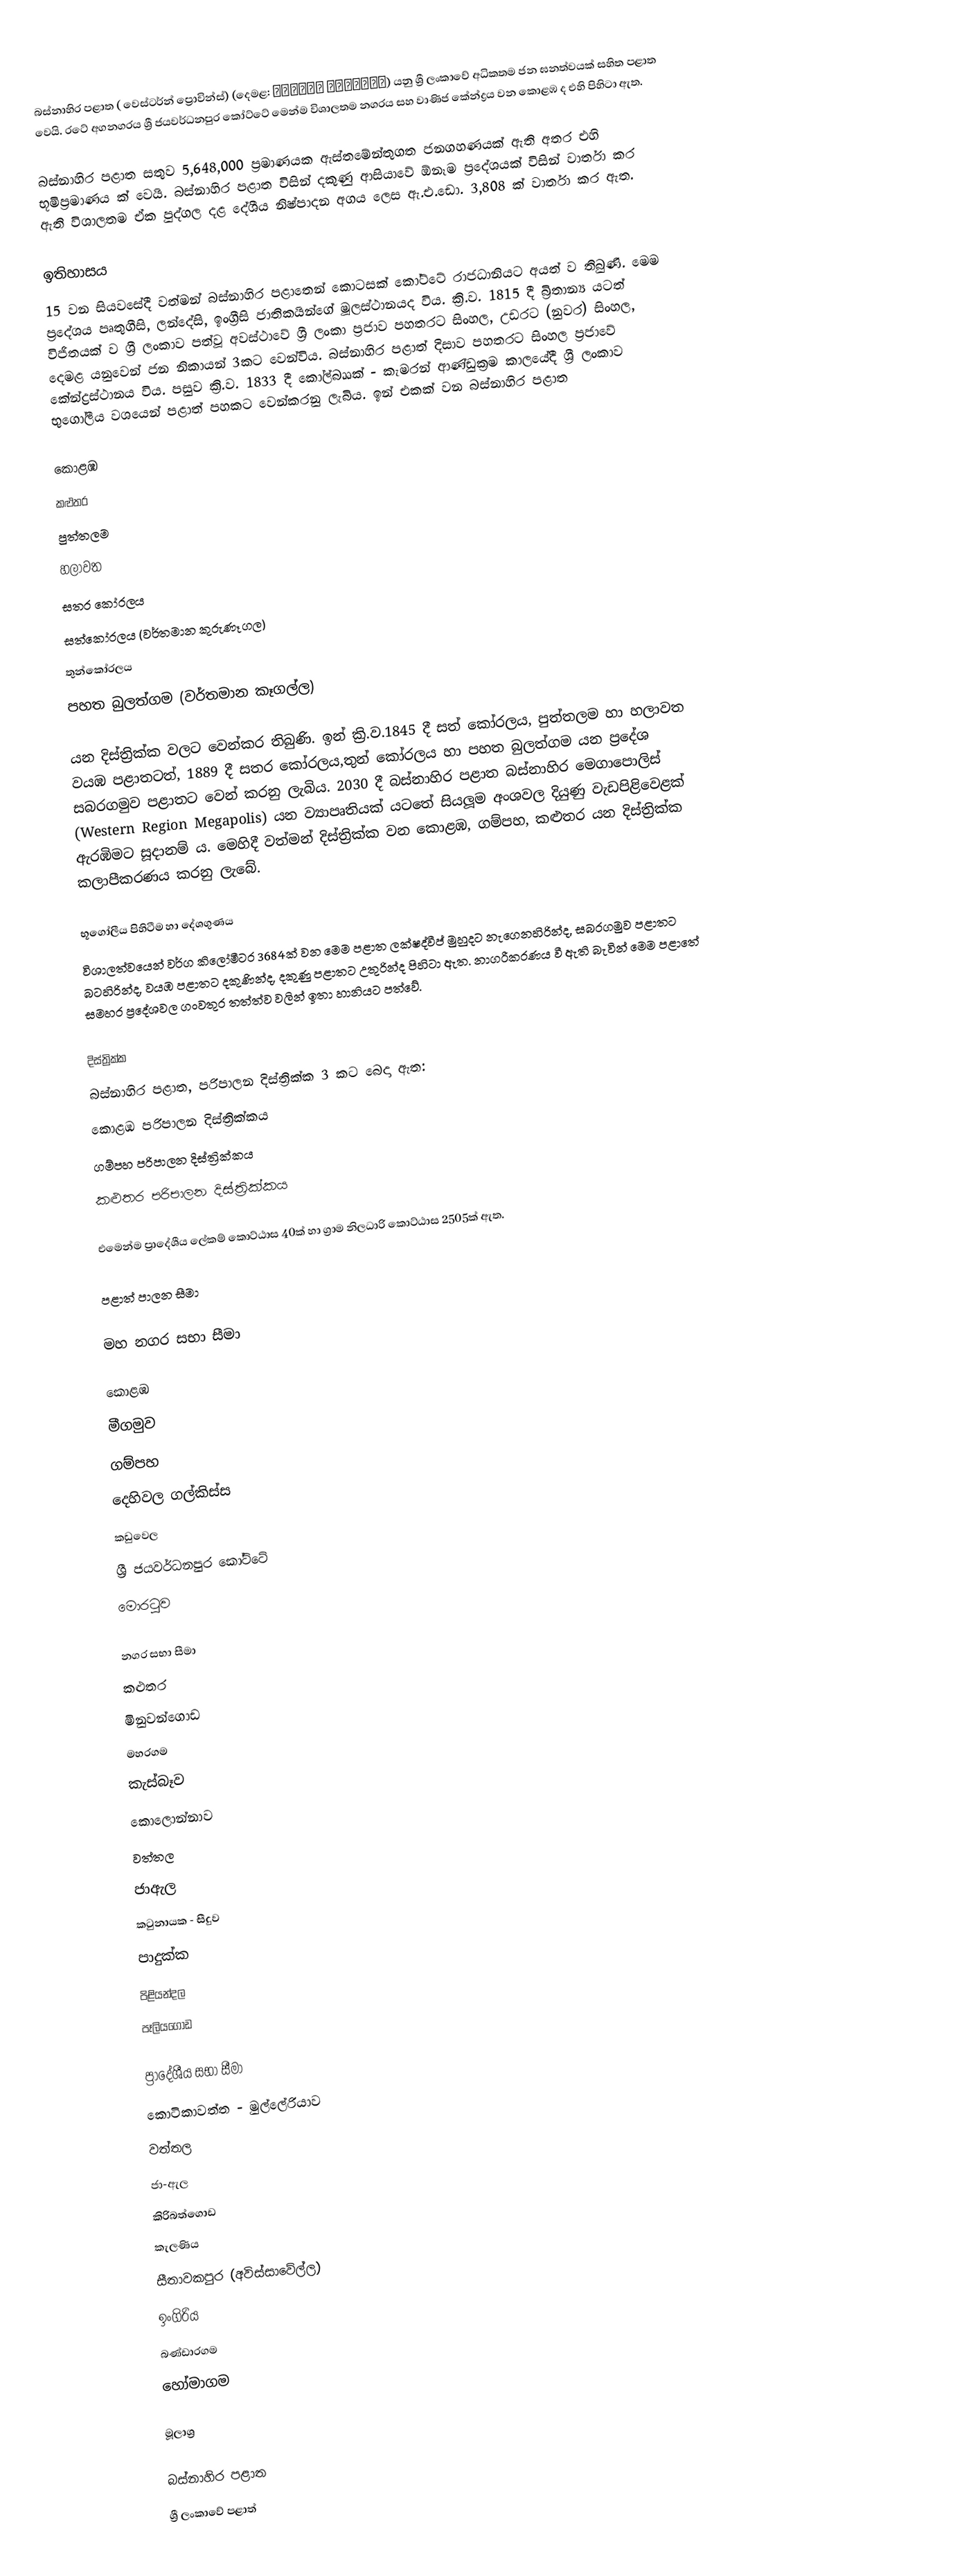
බස්නාහිර පළාත  ( වෙස්ටර්න් ප්‍රොවින්ස්) (දෙමළ: மேற்கு மாகாணம்) යනු ශ්‍රී ලංකාවේ අධිකතම ජන ඝනත්වයක් සහිත පළාත වෙයි. රටේ අගනගරය ශ්‍රී ජයවර්ධනපුර කෝට්ටේ මෙන්ම විශාලතම නගරය සහ වාණිජ කේන්ද්‍රය වන කොළඹ ද එහි පිහිටා ඇත.

බස්නාහිර පළාත සතුව 5,648,000 ප්‍රමාණයක ඇස්තමේන්තුගත ජනගහණයක් ඇති අතර එහි භූමිප්‍රමාණය  ක් වෙයි. බස්නාහිර පළාත විසින් දකුණු ආසියාවේ ඕනෑම ප්‍රදේශයක් විසින් වාර්තා කර ඇති විශාලතම ඒක පුද්ගල දළ දේශීය නිෂ්පාදන අගය ලෙස ඇ.එ.ඩො. 3,808 ක් වාර්තා කර ඇත.

ඉතිහාසය
15 වන සියවසේදී වත්මන් බස්නාහිර පළාතෙන් කොටසක් කෝට්ටේ රාජධානියට අයත් ව තිබුණි. මෙම ප්‍රදේශය පෘතුගීසි, ලන්දේසි, ඉංග්‍රීසි ජාතිකයින්ගේ මූලස්ථානයද විය. ක්‍රි.ව. 1815 දී බ්‍රිතාන්‍ය යටත් විජිතයක් ව ශ්‍රී ලංකාව පත්වූ අවස්ථාවේ ශ්‍රී ලංකා ප්‍රජාව පහතරට සිංහල, උඩරට (නුවර) සිංහල, දෙමළ යනුවෙන් ජන නිකායන් 3කට වෙන්විය. බස්නාහිර පළාත් දිසාව පහතරට සිංහල ප්‍රජාවේ කේන්ද්‍රස්ථානය විය. පසුව ක්‍රි.ව. 1833 දී කෝල්බෲක් - කැමරන් ආණ්ඩුක්‍රම කාලයේදී ශ්‍රී ලංකාව භුගෝලීය වශයෙන් පළාත් පහකට වෙන්කරනු ලැබිය. ඉන් එකක් වන බස්නාහිර පළාත

 කොළඹ
 කළුතර
 පුත්තලම
 හලාවත
 සතර කෝරලය
 සත්කෝරලය (වර්තමාන කුරුණෑගල)
 තුන්කෝරලය
 පහත බුලත්ගම (වර්තමාන කෑගල්ල)

යන දිස්ත්‍රික්ක වලට වෙන්කර තිබුණි. ඉන් ක්‍රි.ව.1845 දී සත් කෝරලය, පුත්තලම හා හලාවත වයඹ පළාතටත්, 1889 දී සතර කෝරලය,තුන් කෝරලය හා පහත බුලත්ගම යන ප්‍රදේශ සබරගමුව පළාතට වෙන් කරනු ලැබිය. 2030 දී බස්නාහිර පළාත බස්නාහිර මෙගාපොලිස් (Western Region Megapolis) යන ව්‍යාපෘතියක් යටතේ සියලූම අංශවල දියුණු වැඩපිළිවෙළක් ඇරඹිමට සූදානම් ය. මෙහිදී වත්මන් දිස්ත්‍රික්ක වන කොළඹ, ගම්පහ, කළුතර යන දිස්ත්‍රික්ක කලාපීකරණය කරනු ලැබේ.

භූගෝලීය පිහිටීම හා දේශගුණය
විශාලත්වයෙන් වර්ග කිලෝමීටර 3684ක් වන මෙම පළාත ලක්ෂද්වීප් මුහුදට නැගෙනහිරින්ද, සබරගමුව පළාතට බටහිරින්ද, වයඹ පළාතට දකුණින්ද, දකුණු පළාතට උතුරින්ද පිහිටා ඇත. නාගරීකරණය වී ඇති බැවින් මෙම පළාතේ සමහර ප්‍රදේශවල ගංවතුර තත්ත්ව වලින් ඉතා හානියට පත්වේ.

දිස්ත්‍රික්ක
බස්නාහිර පළාත, පරිපාලන දිස්ත්‍රික්ක  3 කට බෙදා ඇත:
 කොළඹ පරිපාලන දිස්ත්‍රික්කය
 ගම්පහ පරිපාලන දිස්ත්‍රික්කය
 කළුතර පරිපාලන දිස්ත්‍රික්කය

එමෙන්ම ප්‍රාදේශීය ලේකම් කොට්ඨාස 40ක් හා ග්‍රාම නිලධාරි කොට්ඨාස 2505ක් ඇත.

පළාත් පාලන සීමා

මහ නගර සභා සීමා

 කොළඹ
 මීගමුව
 ගම්පහ
දෙහිවල ගල්කිස්ස
 කඩුවෙල
 ශ්‍රී ජයවර්ධනපුර කෝට්ටේ
මොරටුව

නගර සභා සීමා
 කළුතර
 මිනුවන්ගොඩ
 මහරගම
කැස්බෑව
කොලොන්නාව
වත්තල
ජාඇල
කටුනායක - සීදුව
පාදුක්ක
පිළියන්දල
පෑලියගොඩ

ප්‍රාදේශීය සභා සීමා
කොටිකාවත්ත - මුල්ලේරියාව
 වත්තල
 ජා-ඇල
 කිරිබත්ගොඩ
 කැලණිය
සීතාවකපුර (අවිස්සාවේල්ල)
ඉංගිරිය
බණ්ඩාරගම
හෝමාගම

මූලාශ්‍ර

බස්නාහිර පළාත
ශ්‍රී ලංකාවේ පළාත්